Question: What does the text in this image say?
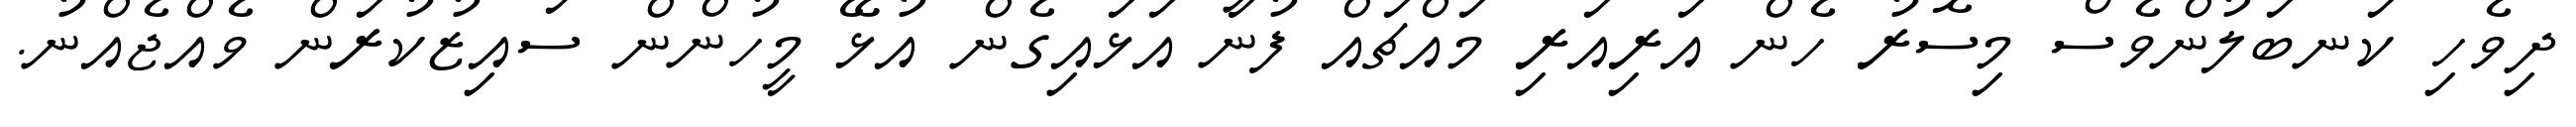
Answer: ދިވެހި ކަނބަލުންވެސް މިސޮރު ހެން އަރިއަރި މައްޗައް ފުނާ އަޅައިގެން އުޅޭ މީހުންން ސައިޒުކުރަން ވެއްޖެއްނު.